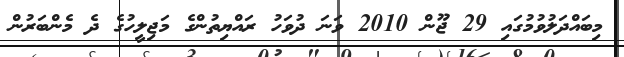
މިބައްދަލުވުމުގައި 29 ޖޫން 2010 ވަނަ ދުވަހު ރައްޔިތުންގެ މަޖިލީހުގެ ދެ މެންބަރުން